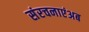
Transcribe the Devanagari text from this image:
संरचनाएंअब